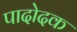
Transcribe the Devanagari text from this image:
पादोदक